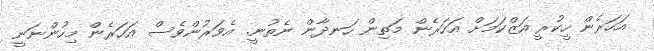
އަހަރެން ހީކުރީ އަޒްކަމަށް އަހަރެން މަތިން ހަނދާން ނެތުނީ. އެވަރުންވެސް އަހަރެން މިހުންނަނީ